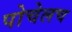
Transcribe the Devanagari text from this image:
पोचेलच